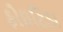
ફોઇટિડા